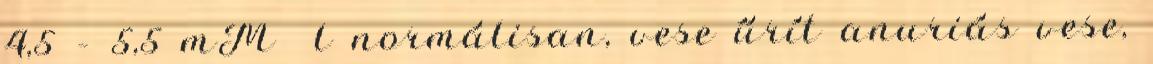
4,5 – 5,5 mM l normálisan, vese űrít anuriás vese,